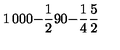
\begin{matrix} { 1 } & { 0 } & { 0 } \\ { 0 } & { - { \frac { 1 } { 2 } } } & { 9 } \\ { 0 } & { - { \frac { 1 } { 4 } } } & { { \frac { 5 } { 2 } } } \\ \end{matrix}